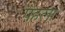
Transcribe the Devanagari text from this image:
पैहला